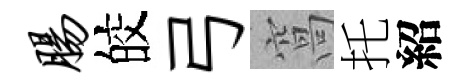
肠皎弓窩托紹